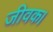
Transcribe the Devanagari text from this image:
जीवक।